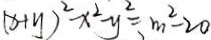
( x + y ) ^ { 2 } - x ^ { 2 } y ^ { 2 } = m ^ { 2 } - 2 0